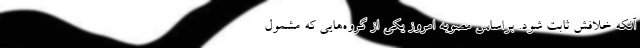
آنکه خلافش ثابت شود. براساس مصوبه امروز یکی از گروه‌هایی که مشمول